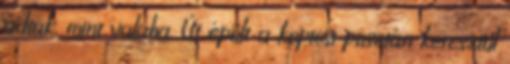
adtak, mint valaha. Út épült a koptosi pusztán keresztül